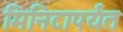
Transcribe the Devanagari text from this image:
मिनिटापर्यंत